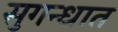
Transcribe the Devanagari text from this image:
सुगन्धात